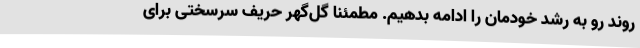
روند رو به رشد خودمان را ادامه بدهیم. مطمئنا گل‌گهر حریف سرسختی برای